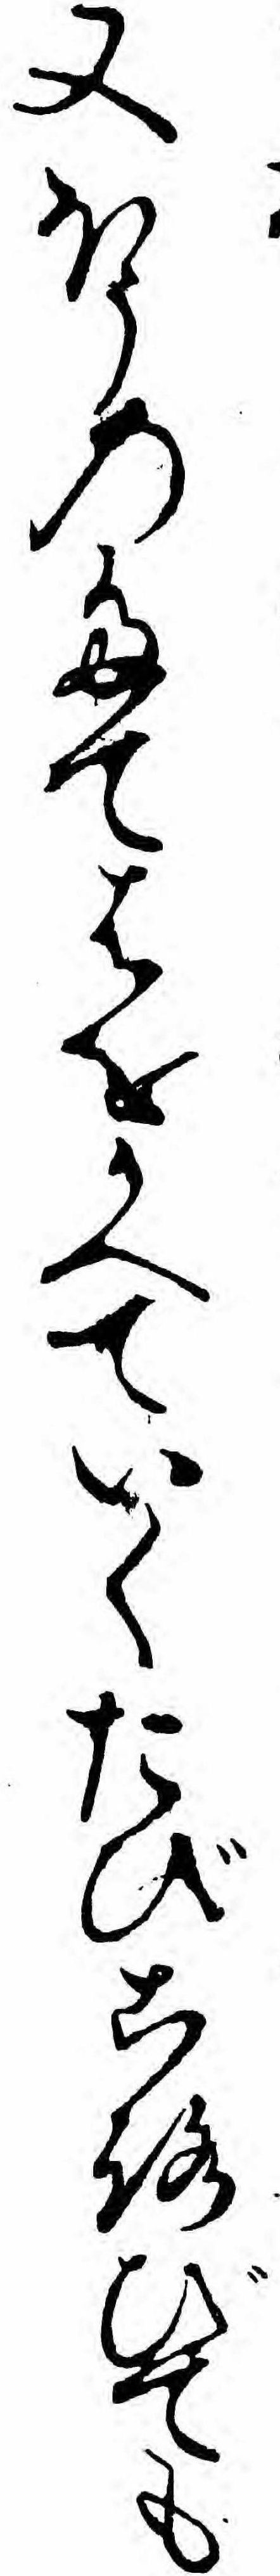
又ほうのたてはをかへていくたびころびても